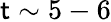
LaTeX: \mathsf{t}\sim5-6